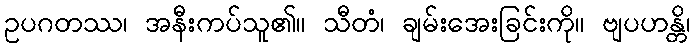
ဥပဂတဿ၊ အနီးကပ်သူ၏။ သီတံ၊ ချမ်းအေးခြင်းကို။ ဗျပဟန္တိ၊